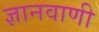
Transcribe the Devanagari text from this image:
ज्ञानवाणी